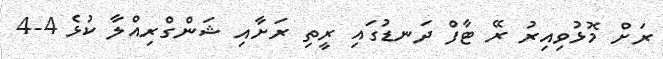
ރަށް މޮޅުވިއިރު ރޭ ޓާފް ދަނޑުގައި ރީތި ރަށާއި ޝަންގްރިއްލާ ކުޅެ 4-4